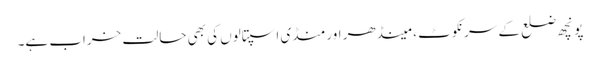
پونچھ ضلع کے سرنکوٹ ، مینڈھر اور منڈی اسپتالوں کی بھی حالت خراب ہے۔